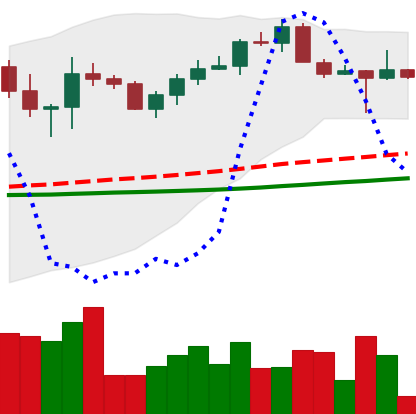
Ticker: XRP-USD
Chart end date: 2022-10-15
Forward return: -6.941%
Label: down_5_7